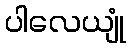
ပါလေယျုံ